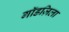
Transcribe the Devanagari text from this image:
गॉडज़िला